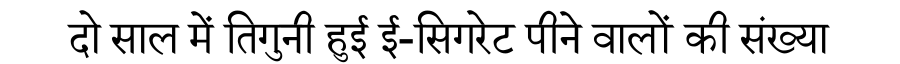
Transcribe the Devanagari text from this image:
दो साल में तिगुनी हुई ई-सिगरेट पीने वालों की संख्या